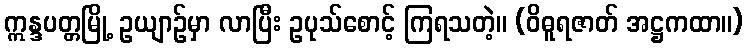
ဣန္ဒပတ္တမြို့ ဥယျာဉ်မှာ လာပြီး ဥပုသ်စောင့် ကြရသတဲ့။ (ဝိဓူရဇာတ် အဋ္ဌကထာ။)